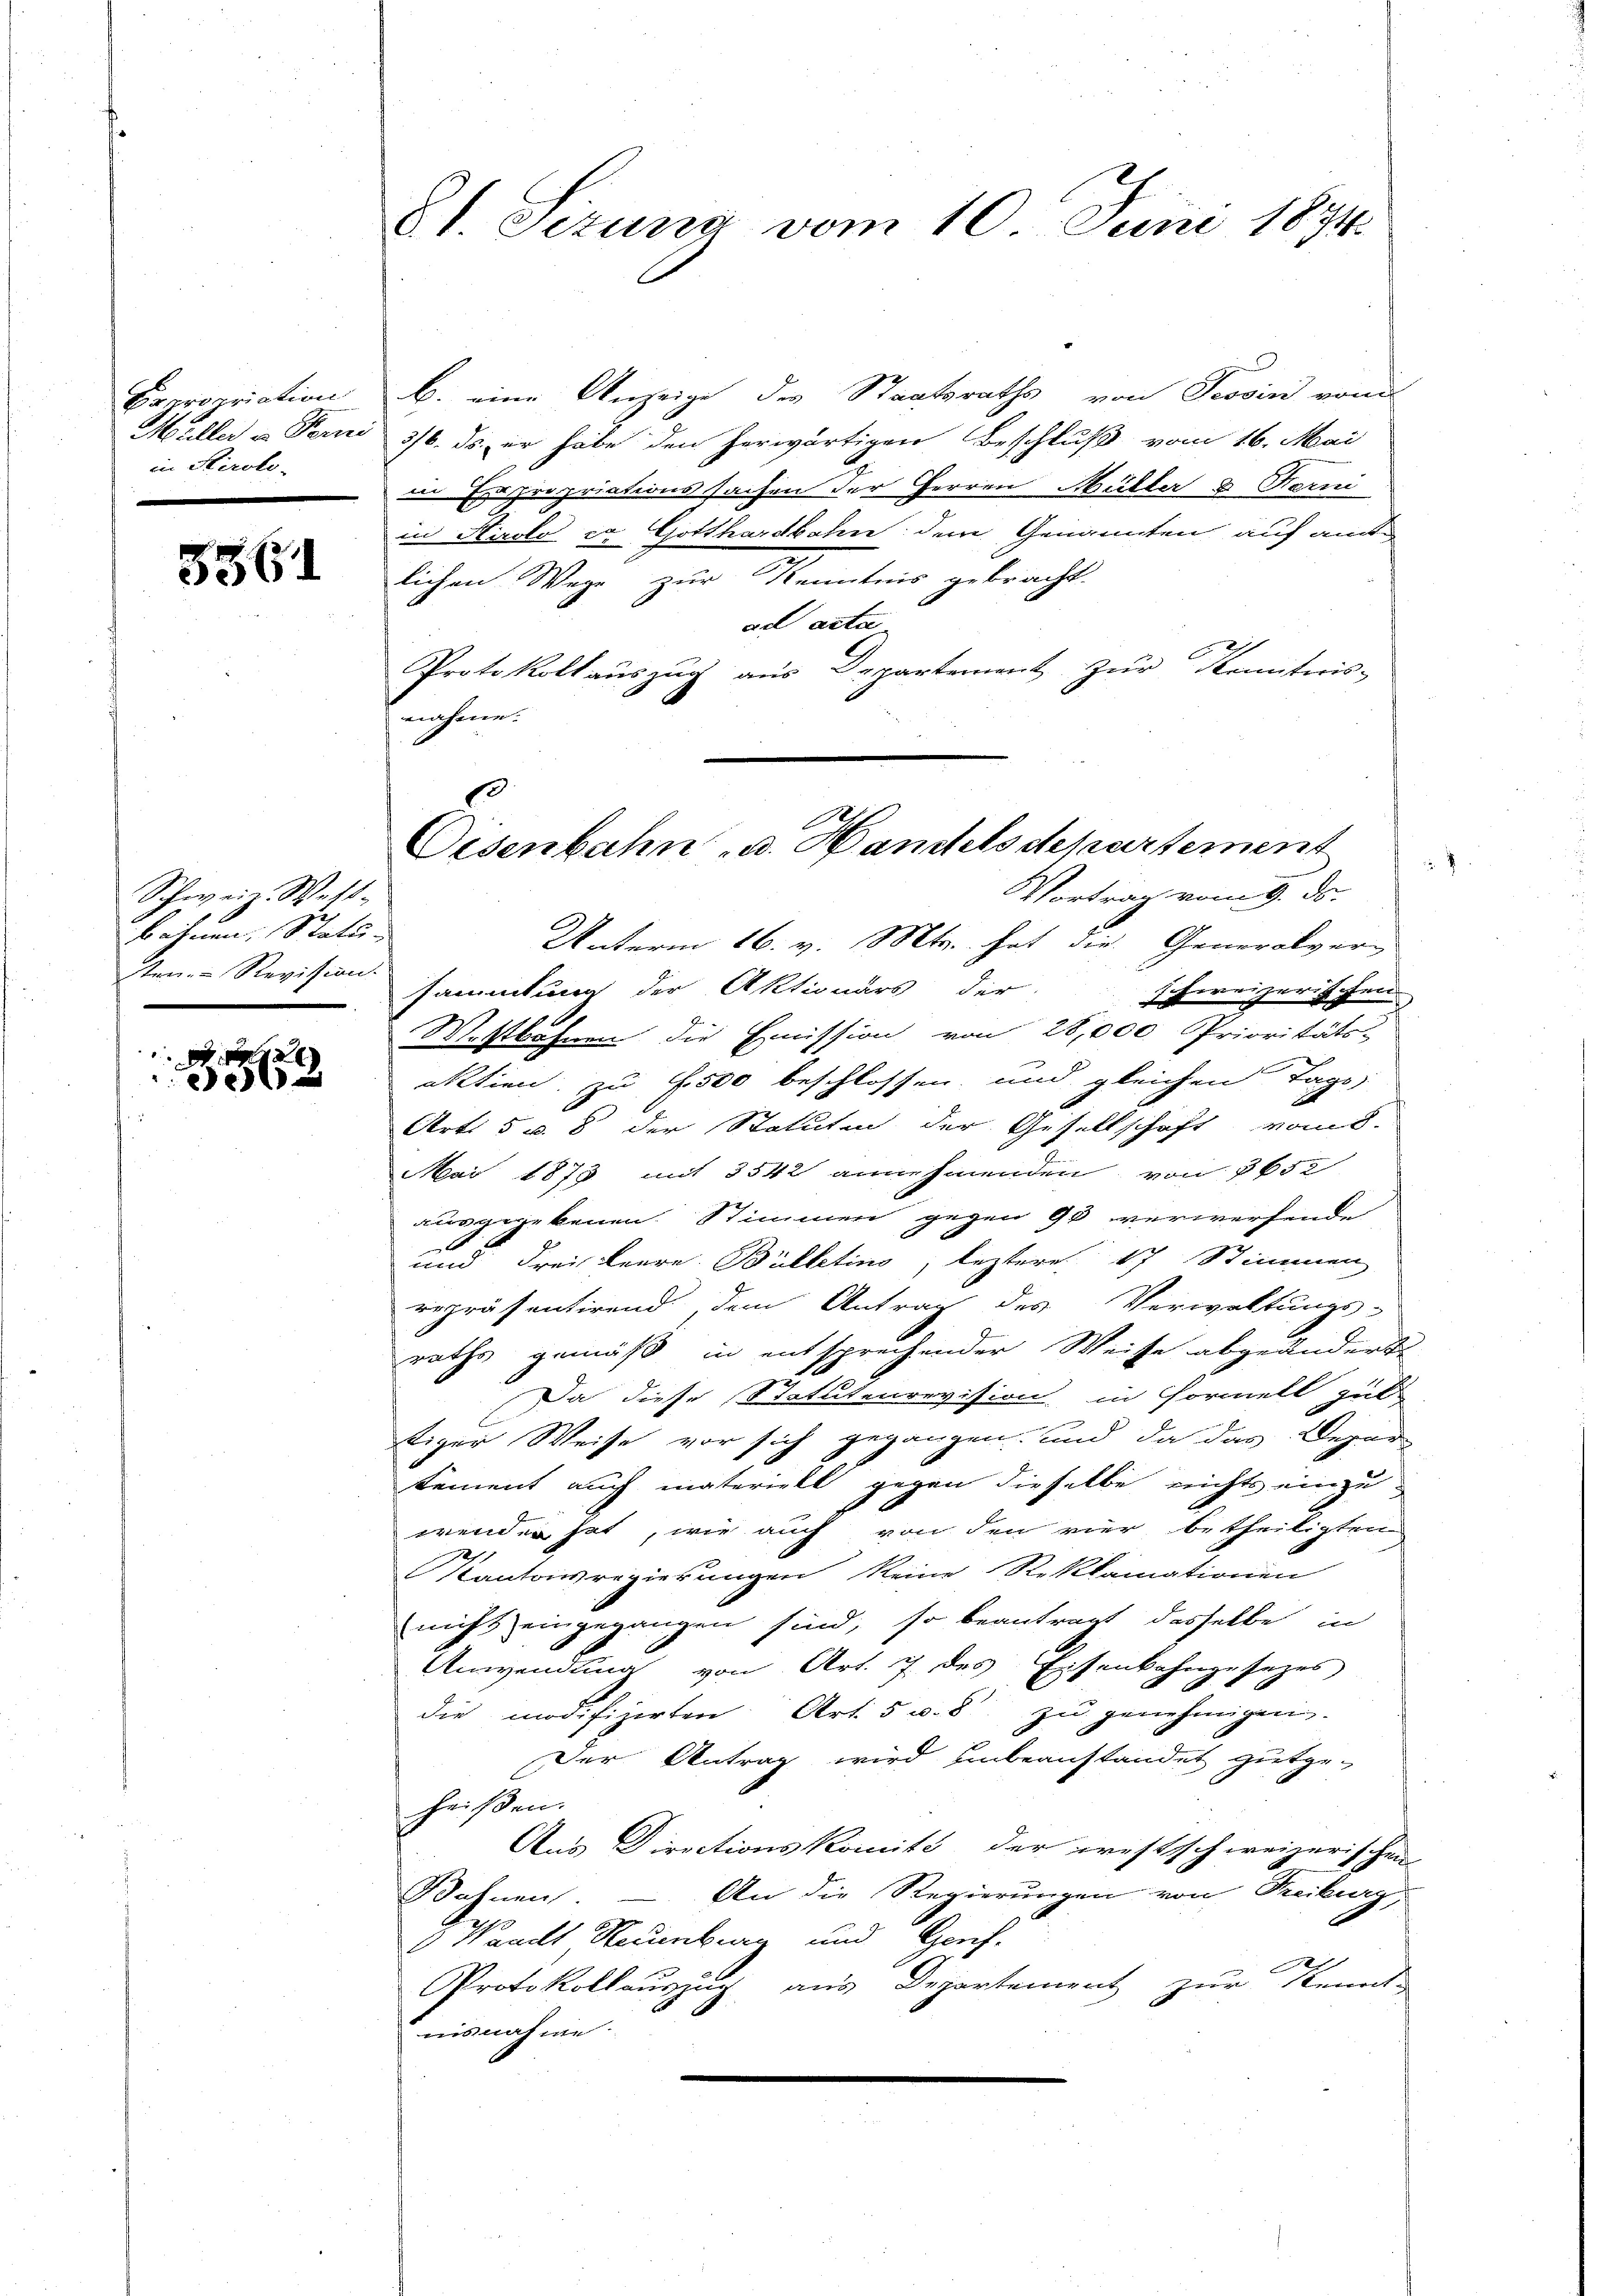
Expropriation
Müller in Forni
in Stiroli-

5561

Schweiz. West-
böhnen, Statu-
ten Revision.
.

2
e

81. Sizung vom 10. Juni 1874.

b. eine Anzeige des Staatsraths von Tessin von
3/6. ds. er habe den herwärtigen Beschluß vom 16. Mai
in Expropriationssachen der Herren Müller & Feri
in Airolo zu Gotthardbahn dem Genannten auf amtlichen Wege zur Kenntnis gebracht.
ar acta
Protokoll aŭszŭg aŭs Departement zŭr Kenntnis-
nahme.
Unterm 16. v. Mts. hat die Generalversammlung der Aktionärs der schweizerischen
Wostbahnen die Emission von 28,000. Prioritäts-
aktien zu f. 500 beschlossen, und gleichen Tage,
Art. 5 u. 8 der Statuten der Gesellschaft von d.
Mai 1873 mit 3542 annehmenden von 3652
ausgegebenen Stimmen gegen 90 verwerfende
x
und drei Leere. Bulletins, leztere 17 Stimmen
repräsentirend, dem Antrag des Verwaltungs-
raths gemäß in entsprechender Weise abgeändert.
Da diese Statutenrevision in Formell gut.
tiger Weise vor sich gegangen, und da das Depar
tement auch materiell gegen dieselbe nichts einzuwender hat, wie auch von den vier betheiligten
Kantonsregierungen keine Reklamationen
nicht eingegangen sind, so beantragt dasselbe in
Anwendung von Art. 7 des Eisenkohngesezes
die modifizirten Art. 5 u. 8 zu genehmigen,
Der Antrag wird unbeanstandet gutge-
heißen.
Aus Directionskomit der westschweizerischen
Bohnen. – An die Regierungen von Freiburg,
 Waadt Neuenburg und Genf.
Protokollauszug aus Departement zur Kennt-
nisnahme
.

s
Eisenbahn u. Handelsdepartement
Vortrag vom 9. ds.

2